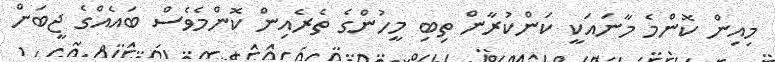
މިއިން ކޮންމެ މާނައަކީ ކަންކުރާން ތިބި މީހުންގެ ތެރެއިން ކޮންމެވެސް ބައެއްގެ ޖީބަށް